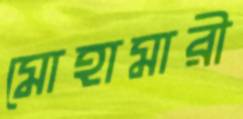
মোহামারী